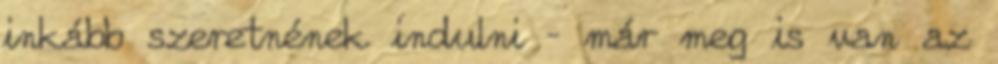
inkább szeretnének indulni – már meg is van az